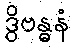
ဒွိဗန္ဓနံ